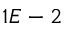
1 E - 2